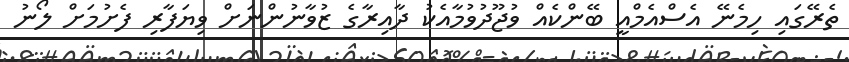
ތެރޭގައި ހިމެނޭ އެސްއެމްއީ ބޭންކެއް ވުޖޫދުވުމާއެކު ދާއިރާގެ ޒުވާނުންނަށް ވިޔަފާރި ފެށުމަށް ލޯނު